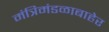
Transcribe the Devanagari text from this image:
मंत्रिमंडळाबाहेर